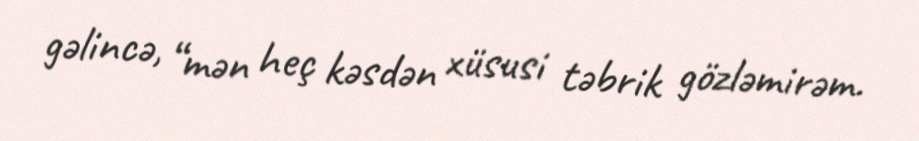
gəlincə, “mən heç kəsdən xüsusi təbrik gözləmirəm.